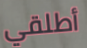
أطلقي